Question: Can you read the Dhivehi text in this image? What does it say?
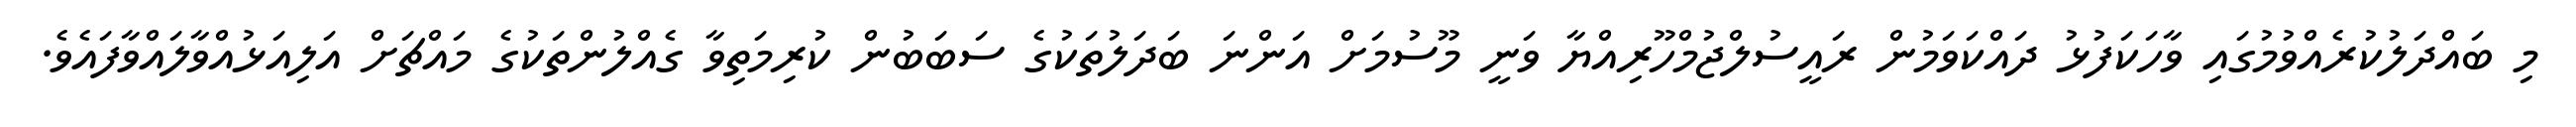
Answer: މި ބައްދަލުކުރެއްވުމުގައި ވާހަކަފުޅު ދައްކަވަމުން ރައީސުލްޖުމްހޫރިއްޔާ ވަނީ މޫސުމަށް އަންނަ ބަދަލުތަކުގެ ސަބަބުން ކުރިމަތިވާ ގެއްލުންތަކުގެ މައްޗަށް އަލިއަޅުއްވާލައްވާފައެވެ.